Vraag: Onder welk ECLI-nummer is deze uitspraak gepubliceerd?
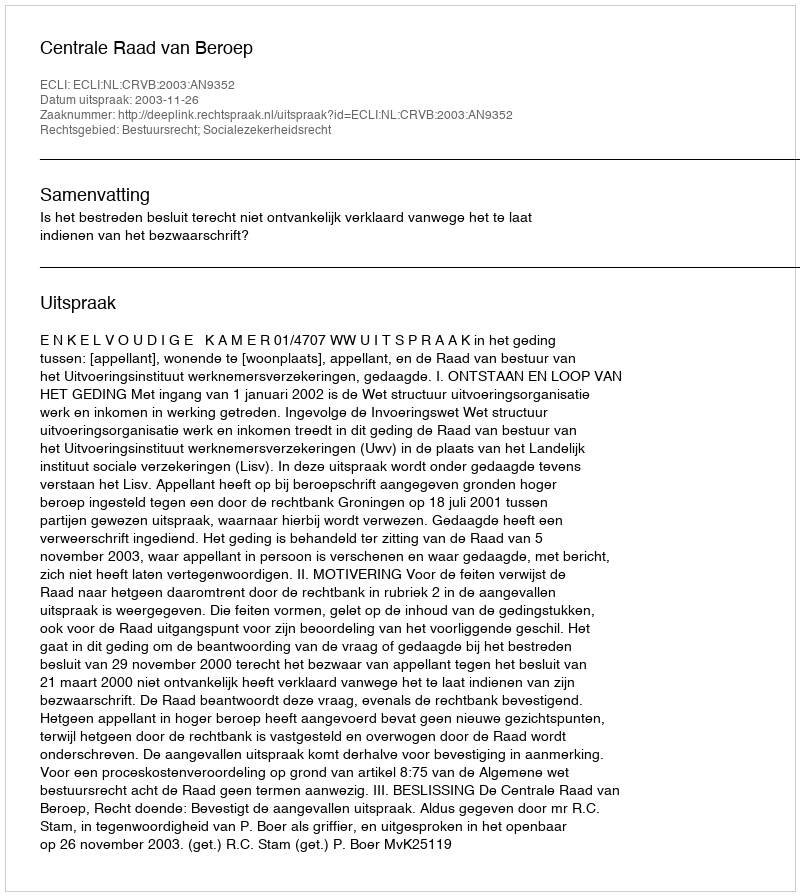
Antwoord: ECLI:NL:CRVB:2003:AN9352